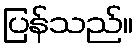
ပြန်သည်။